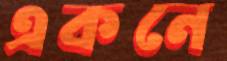
একনে